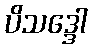
ပိသဒ္ဒေါ